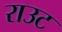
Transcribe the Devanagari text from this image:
राउट